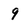
Character: 9